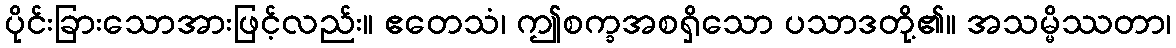
ပိုင်းခြားသောအားဖြင့်လည်း။ ဧတေသံ၊ ဤစက္ခအစရှိသော ပသာဒတို့၏။ အသမ္မိဿတာ၊